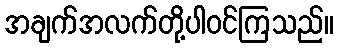
အချက်အလက်တို့ပါဝင်ကြသည်။